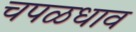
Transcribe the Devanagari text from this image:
चपळधाव